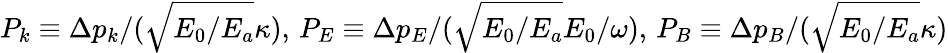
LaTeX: P_{k}\equiv\Delta p_{k}/(\sqrt{E_{0}/E_{a}}\kappa),\, P_{E}\equiv\Delta p_{E}/(\sqrt{E_{0}/E_{a}}E_{0}/\omega),\, P_{B}\equiv\Delta p_{B}/(\sqrt{E_{0}/E_{a}}\kappa)